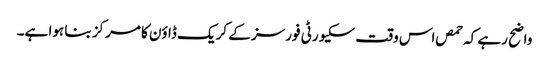
واضح رہے کہ حمص اس وقت سکیورٹی فورسز کے کریک ڈاؤن کا مرکز بنا ہوا ہے۔